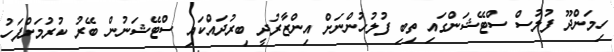
ހިމަންދޫ ފުލުސް ސްޓޭޝަންގައި ތިބި ފުލުހުންނަށް އިންޒާރުދީ ބިރުދައްކައި ސްޓޭޝަނުން ބޭރު ކުރުމަށްފަހު